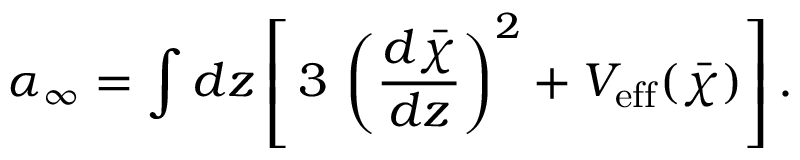
\alpha _ { \infty } = \int d z \left[ \, 3 \, \left( \frac { d \bar { \chi } } { d z } \right) ^ { 2 } + V _ { \mathrm { e f f } } ( \bar { \chi } ) \right] .